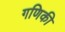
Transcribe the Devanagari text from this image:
गणिकी